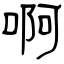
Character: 啊